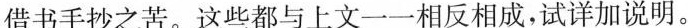
借书手抄之苦。这些都与上文一一相反相成，试详加说明。